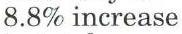
8.8% increase